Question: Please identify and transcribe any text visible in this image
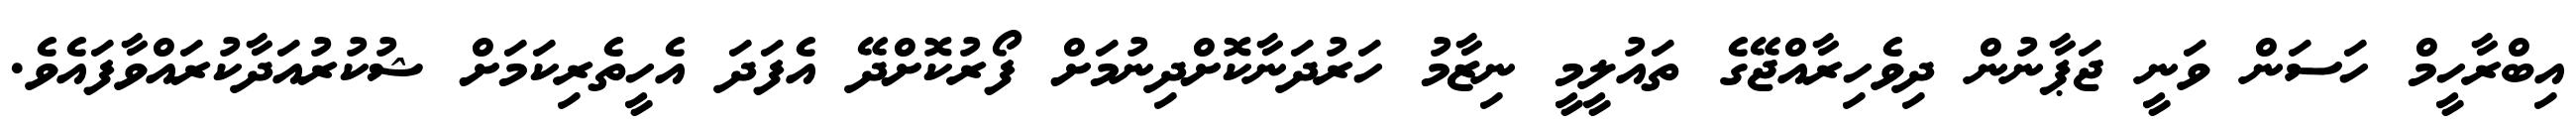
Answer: އިބްރާހީމް ހަސަން ވަނީ ޖަޕާނުން ދިވެހިރާއްޖޭގެ ތައުލީމީ ނިޒާމު ހަރުދަނާކޮށްދިނުމަށް ފޯރުކޮށްދޭ އެފަދަ އެހީތެރިކަމަށް ޝުކުރުއަދާކުރައްވާފައެވެ.